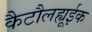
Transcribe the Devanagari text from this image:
कैटौलह्यूईक